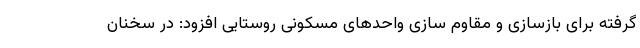
گرفته برای بازسازی و مقاوم سازی واحدهای مسکونی روستایی افزود: در سخنان